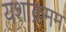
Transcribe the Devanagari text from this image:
यशाक्रमम